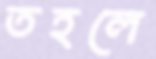
তহলে